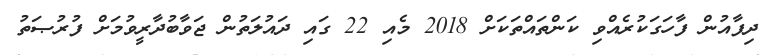
ދިފާއުން ފާހަގަކުރެއްވި ކަންތައްތަކަށް 2018 މެއި 22 ގައި ދައުލަތުން ޖަވާބުދާރީވުމަށް ފުރުޞަތު